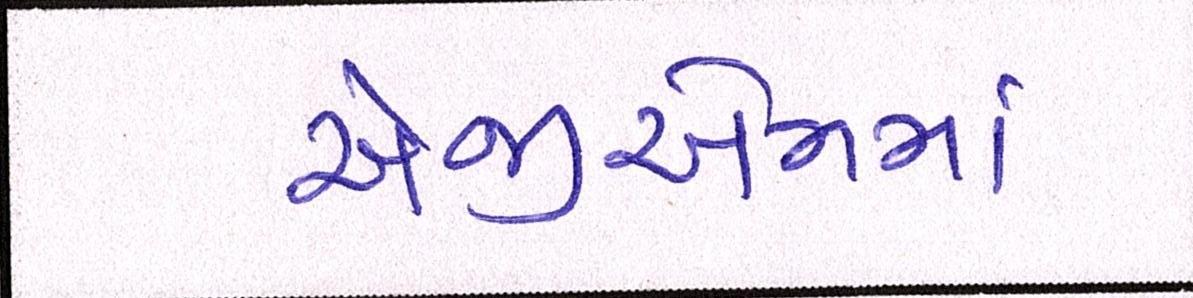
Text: એજીએમમાં